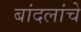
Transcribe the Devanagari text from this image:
बांदलांचे